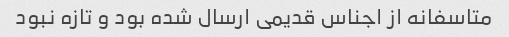
متاسفانه از اجناس قدیمی ارسال شده بود و تازه نبود